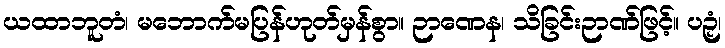
ယထာဘူတံ၊ မဘောက်မပြန်ဟုတ်မှန်စွာ။ ဉာဏေန၊ သိခြင်းဉာဏ်ဖြင့်။ ပဉှံ၊